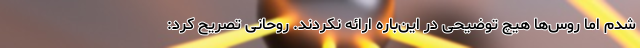
شدم اما روس‌ها هیچ توضیحی در این‌باره ارائه نکردند. روحانی تصریح کرد: